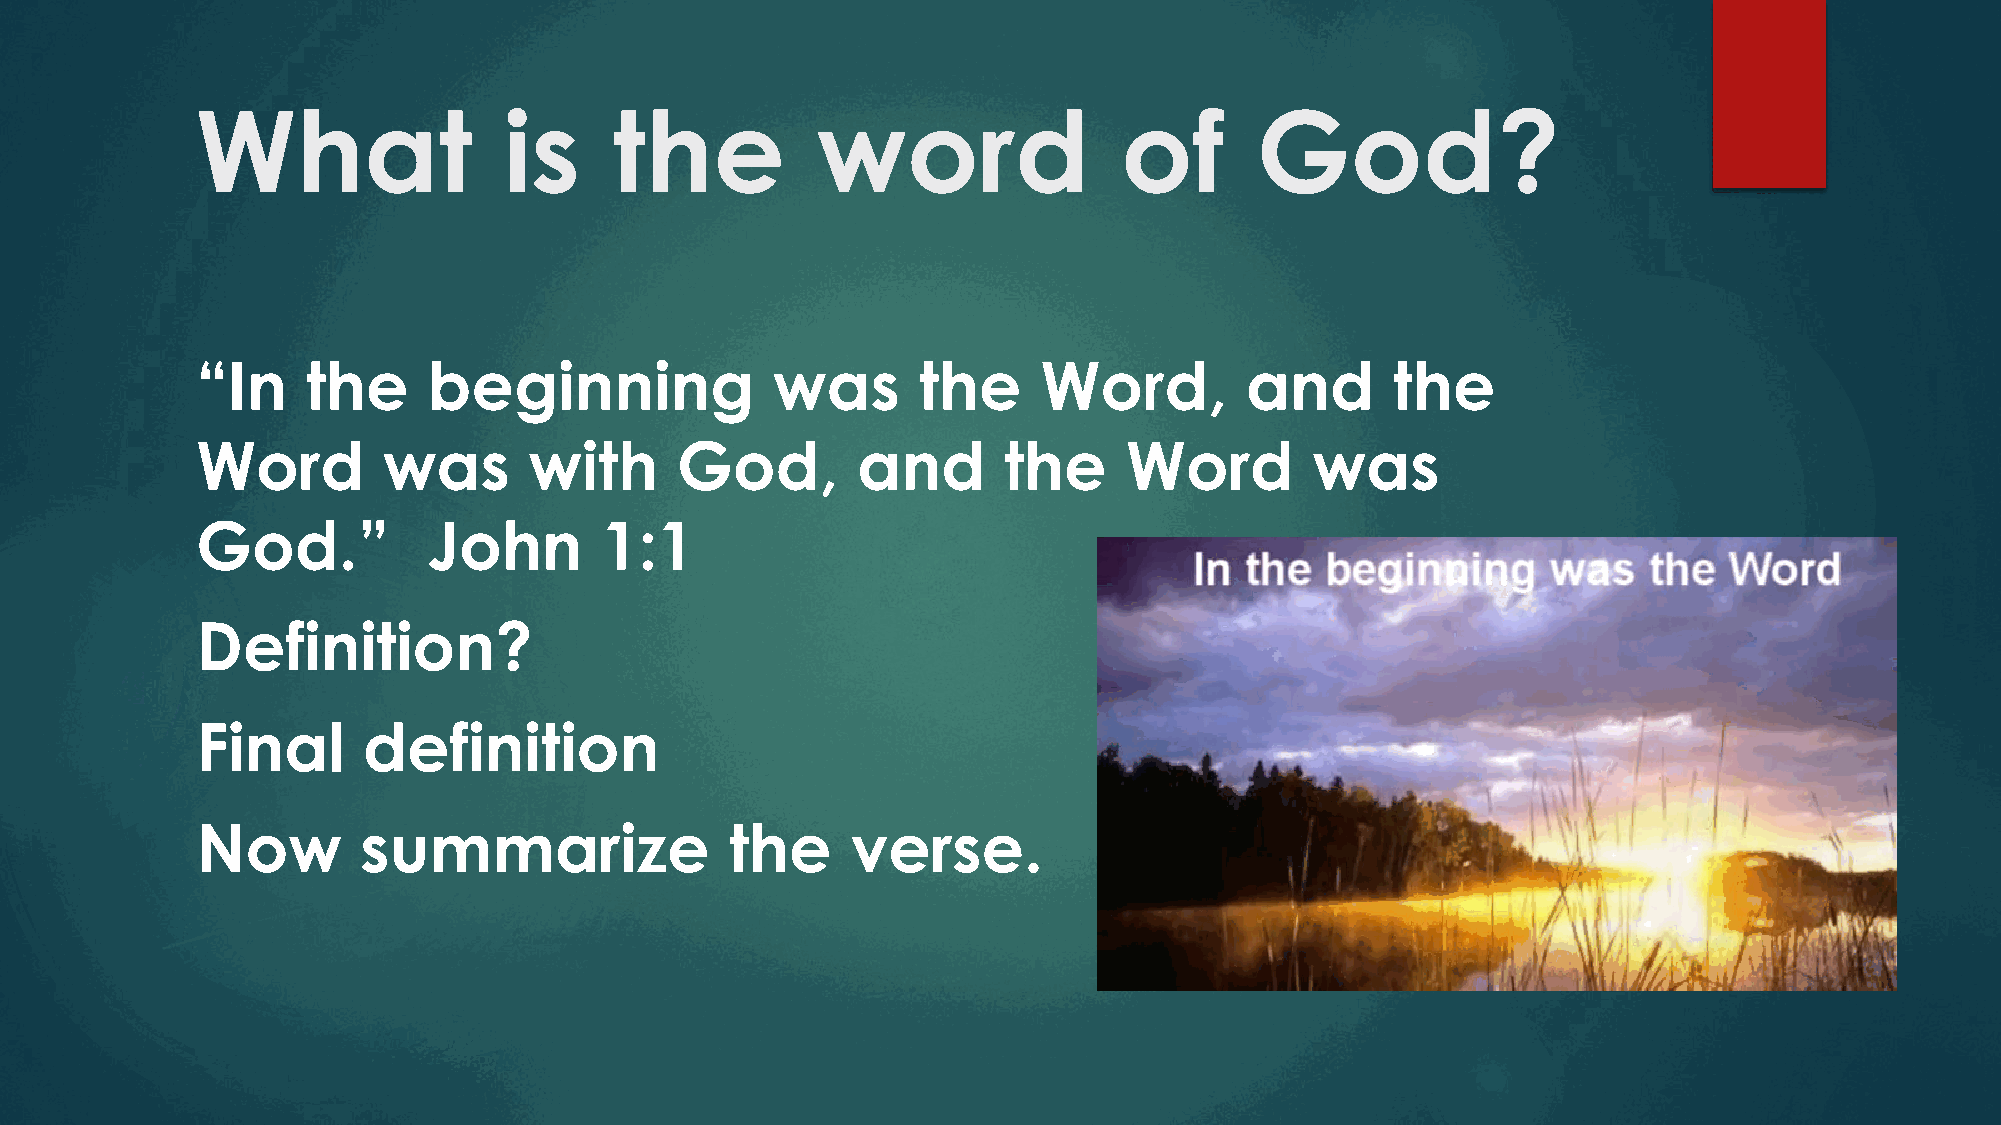
What                is     the           word                of       God?
 “In    the     beginning              was       the     Word,        and       the
 Word        was       with      God,        and      the     Word         was
 God.”          John        1:1
 Definition?
 Final      definition
 Now        summarize               the     verse.